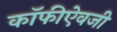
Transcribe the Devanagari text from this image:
कॉफीऐवजी